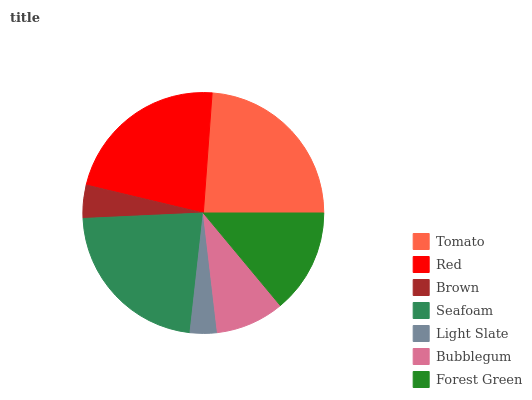
| Tomato | Red | Brown | Seafoam | Light Slate | Bubblegum | Forest Green |
 | --- | --- | --- | --- | --- | --- | --- |
 | 23.9% | 22.4% | 4.46% | 22.4% | 3.63% | 9.18% | 14% |